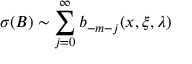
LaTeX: \sigma ( B ) \sim \sum _ { j = 0 } ^ { \infty } b _ { - m - j } ( x , \xi , \lambda ) \,